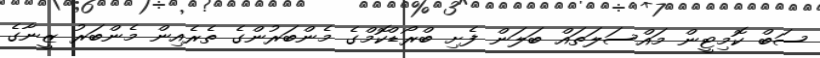
ސަބް ކޮމިޓީން މައްސަލަތައް ބަލަން ފެށި ބްރޯޑްކޮމްގެ މެންބަރުންގެ ތެރެއިން މެންބަރު ޒީނާގެ